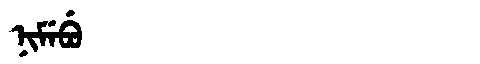
Manchu: ᠨᡳᠮᡝᠪᡠ
Romanization: NIMEBU